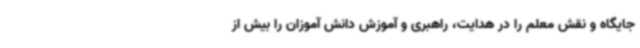
جایگاه و نقش معلم را در هدایت، راهبری و آموزش دانش آموزان را بیش از